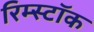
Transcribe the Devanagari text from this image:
रिम्स्टॉक